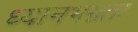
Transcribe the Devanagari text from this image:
ध्यानभग्नता